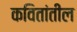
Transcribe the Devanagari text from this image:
कवितांतील